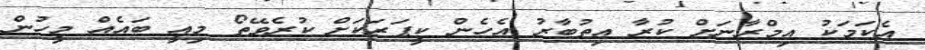
އެކަމަކު އިމްރާނަށް ކުރާ އިތުބާރު އެހެން ކީޕަރަކަށް ކުރެވޭތޯ މިއީ ބައެއް މީހުން